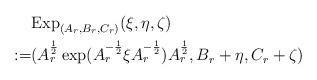
LaTeX: \begin{align*}& {\rm Exp}_{(A_r,B_r,C_r)}(\xi,\eta,\zeta) \\:=& (A_r^{\frac{1}{2}} \exp (A_r^{-\frac{1}{2}} \xi A_r^{-\frac{1}{2}} ) A_r^{\frac{1}{2}}, B_r+\eta,C_r+\zeta) \end{align*}